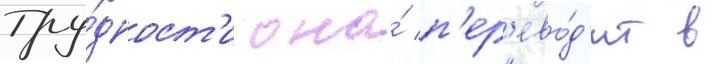
тру́дност'и она́ п'ер'ево́д'ит в